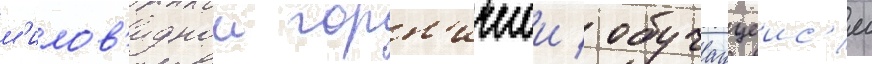
м'илов'иднои горн'ичнои / обучаущеис'я